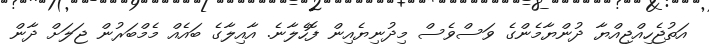
އަތުޖެހިއްޖިއްޔާ ދުންޔާމެންގެ ވަސްވެސް މިދުނިޔެއިން ފޮހެލާނެ. އާއިލާގެ ބައެއް މެމްބަރުން ޖަލަށް ދާން